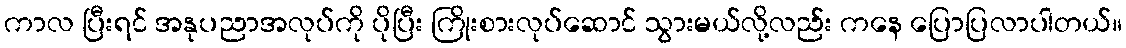
ကာလ ပြီးရင် အနုပညာအလုပ်ကို ပိုပြီး ကြိုးစားလုပ်ဆောင် သွားမယ်လို့လည်း ကနေ ပြောပြလာပါတယ်။